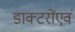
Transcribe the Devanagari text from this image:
डाक्टरोंएवं